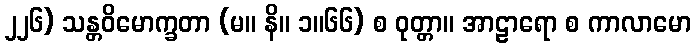
၂၂၆) သန္တဝိမောက္ခတာ (မ။ နိ။ ၁။၆၆) စ ဝုတ္တာ။ အာဠာရော စ ကာလာမော